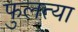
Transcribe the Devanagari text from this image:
फुलत्या